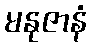
မနုဇာနံ